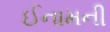
ઈનામની